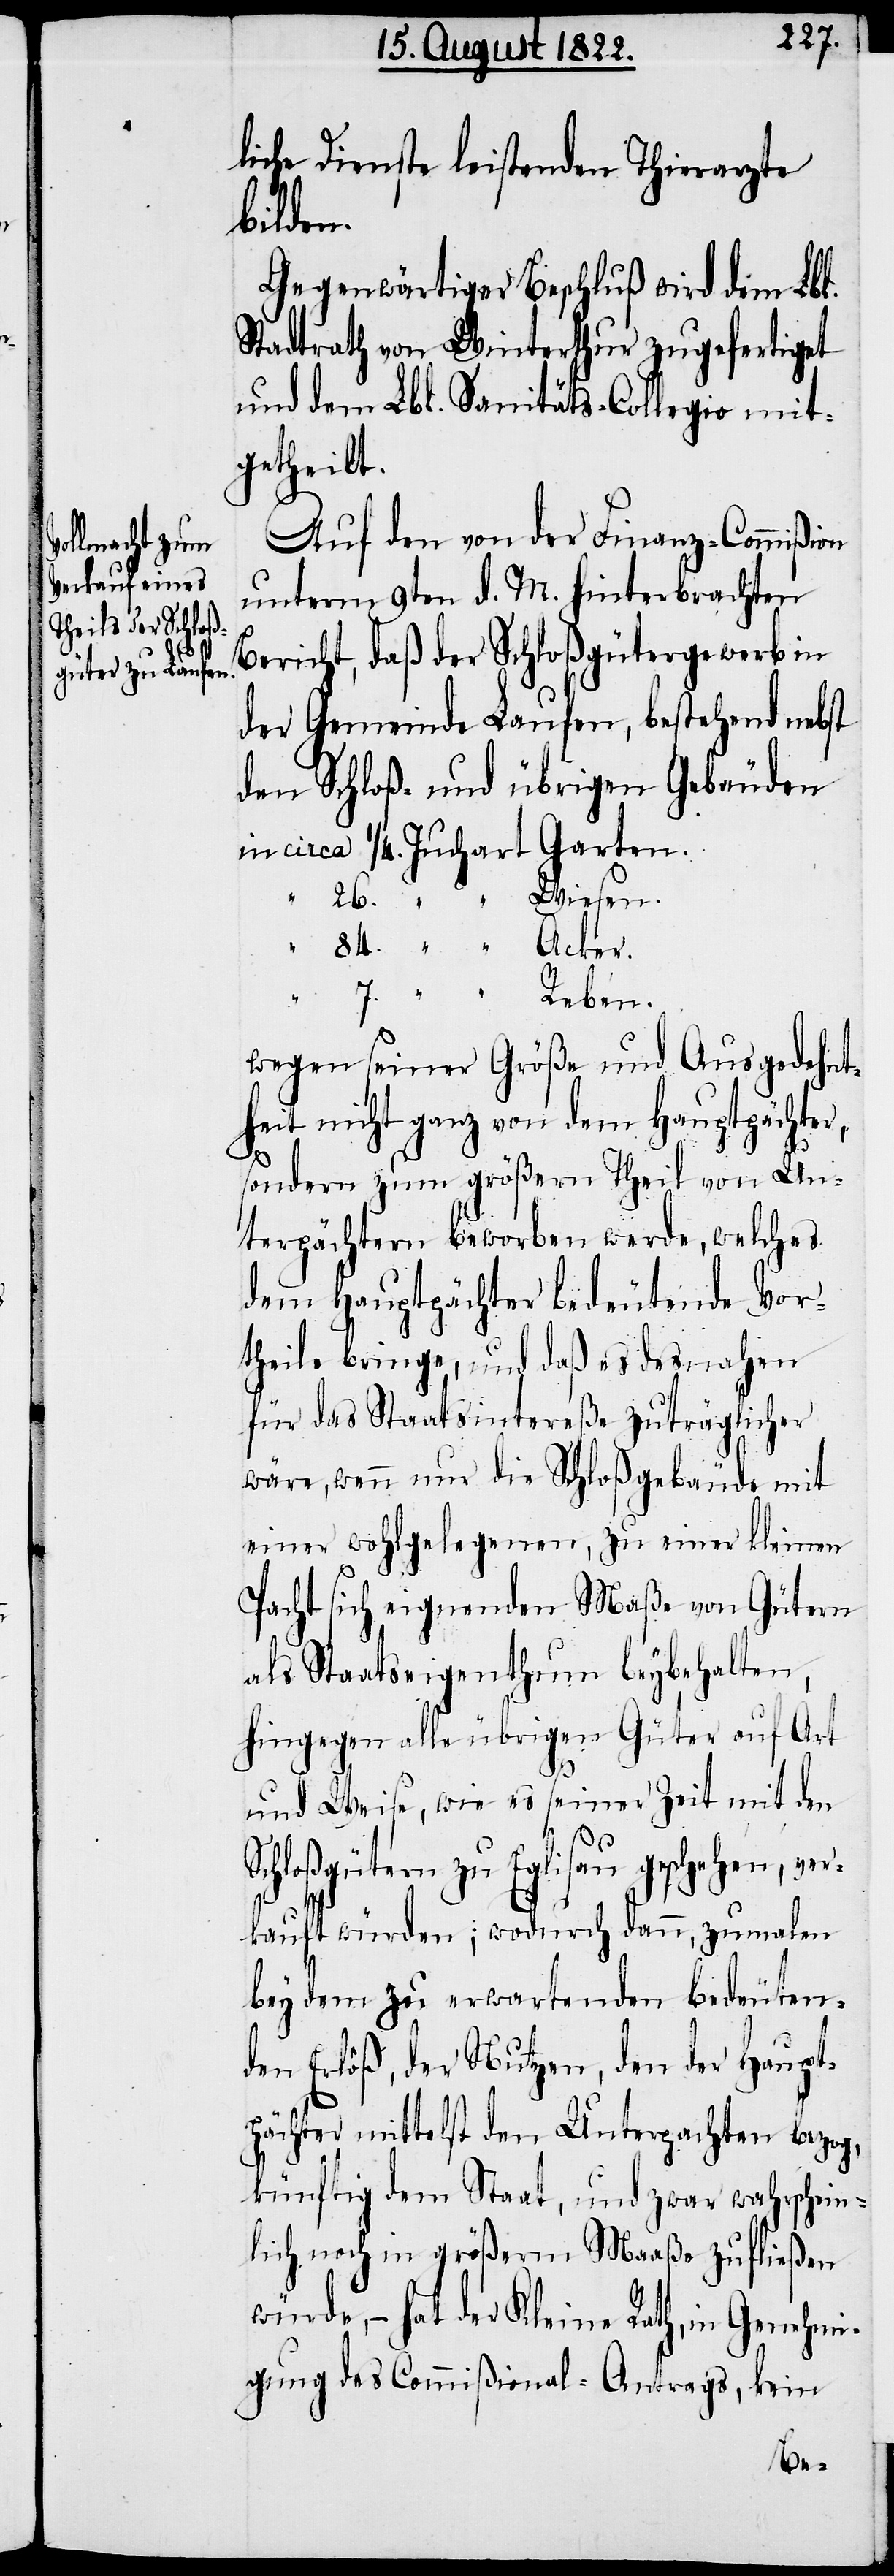
liche Dienste leistenden Thierarzte
Wiesen.
Gegenwärtiger Beschluß wird dem Lbl.
Stadtrath von Winterthur zugefertiget
und dem Lbl. Sanitäts-Collegio mit¬
getheilt.
Auf den von der Finanz-Commißion
unterm 9ten d. M. hinterbrachten
Bericht, daß der Schloßgütergewerb in
der Gemeinde Laufen, bestehend nebst
den Schloß- und übrigen Gebäuden
in circa ¼ . Juchart Garten.
wegen seiner Größe und Ausgedehnt¬
heit nicht ganz von dem Hauptpächter,
sondern zum größern Theil von Un¬
terpächtern beworben werde, welches
dem Hauptpächter bedeutende Vor¬
theile bringe, und daß es desnahen
für das Staatsintereße zuträglicher
wäre, wenn nur die Schloßgebäude mit
einer wohlgelegenen, zu einer kleinen
Pacht sich eignenden Maße von Gütern
als Staatseigenthum beybehalten,
hingegen alle übrigen Güter auf Art
und Weise, wie es seiner Zeit mit den
Schloßgütern zu Eglisau geschehen, ver¬
kauft würden; wodurch dann, zu malen
bey dem zu erwartenden bedeuten¬
den Erlöß, der Nutzen, den der Haupt¬
pächter mittelst den Unterpachten bezog,
künftig dem Staat, und zwar wahrschein¬
lich noch in größerm Maaße zufließen
würde, – hat der Kleine Rath, in Genehmi¬
gung des Commißional-Antrags, kein